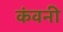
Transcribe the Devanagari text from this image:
कंवनी